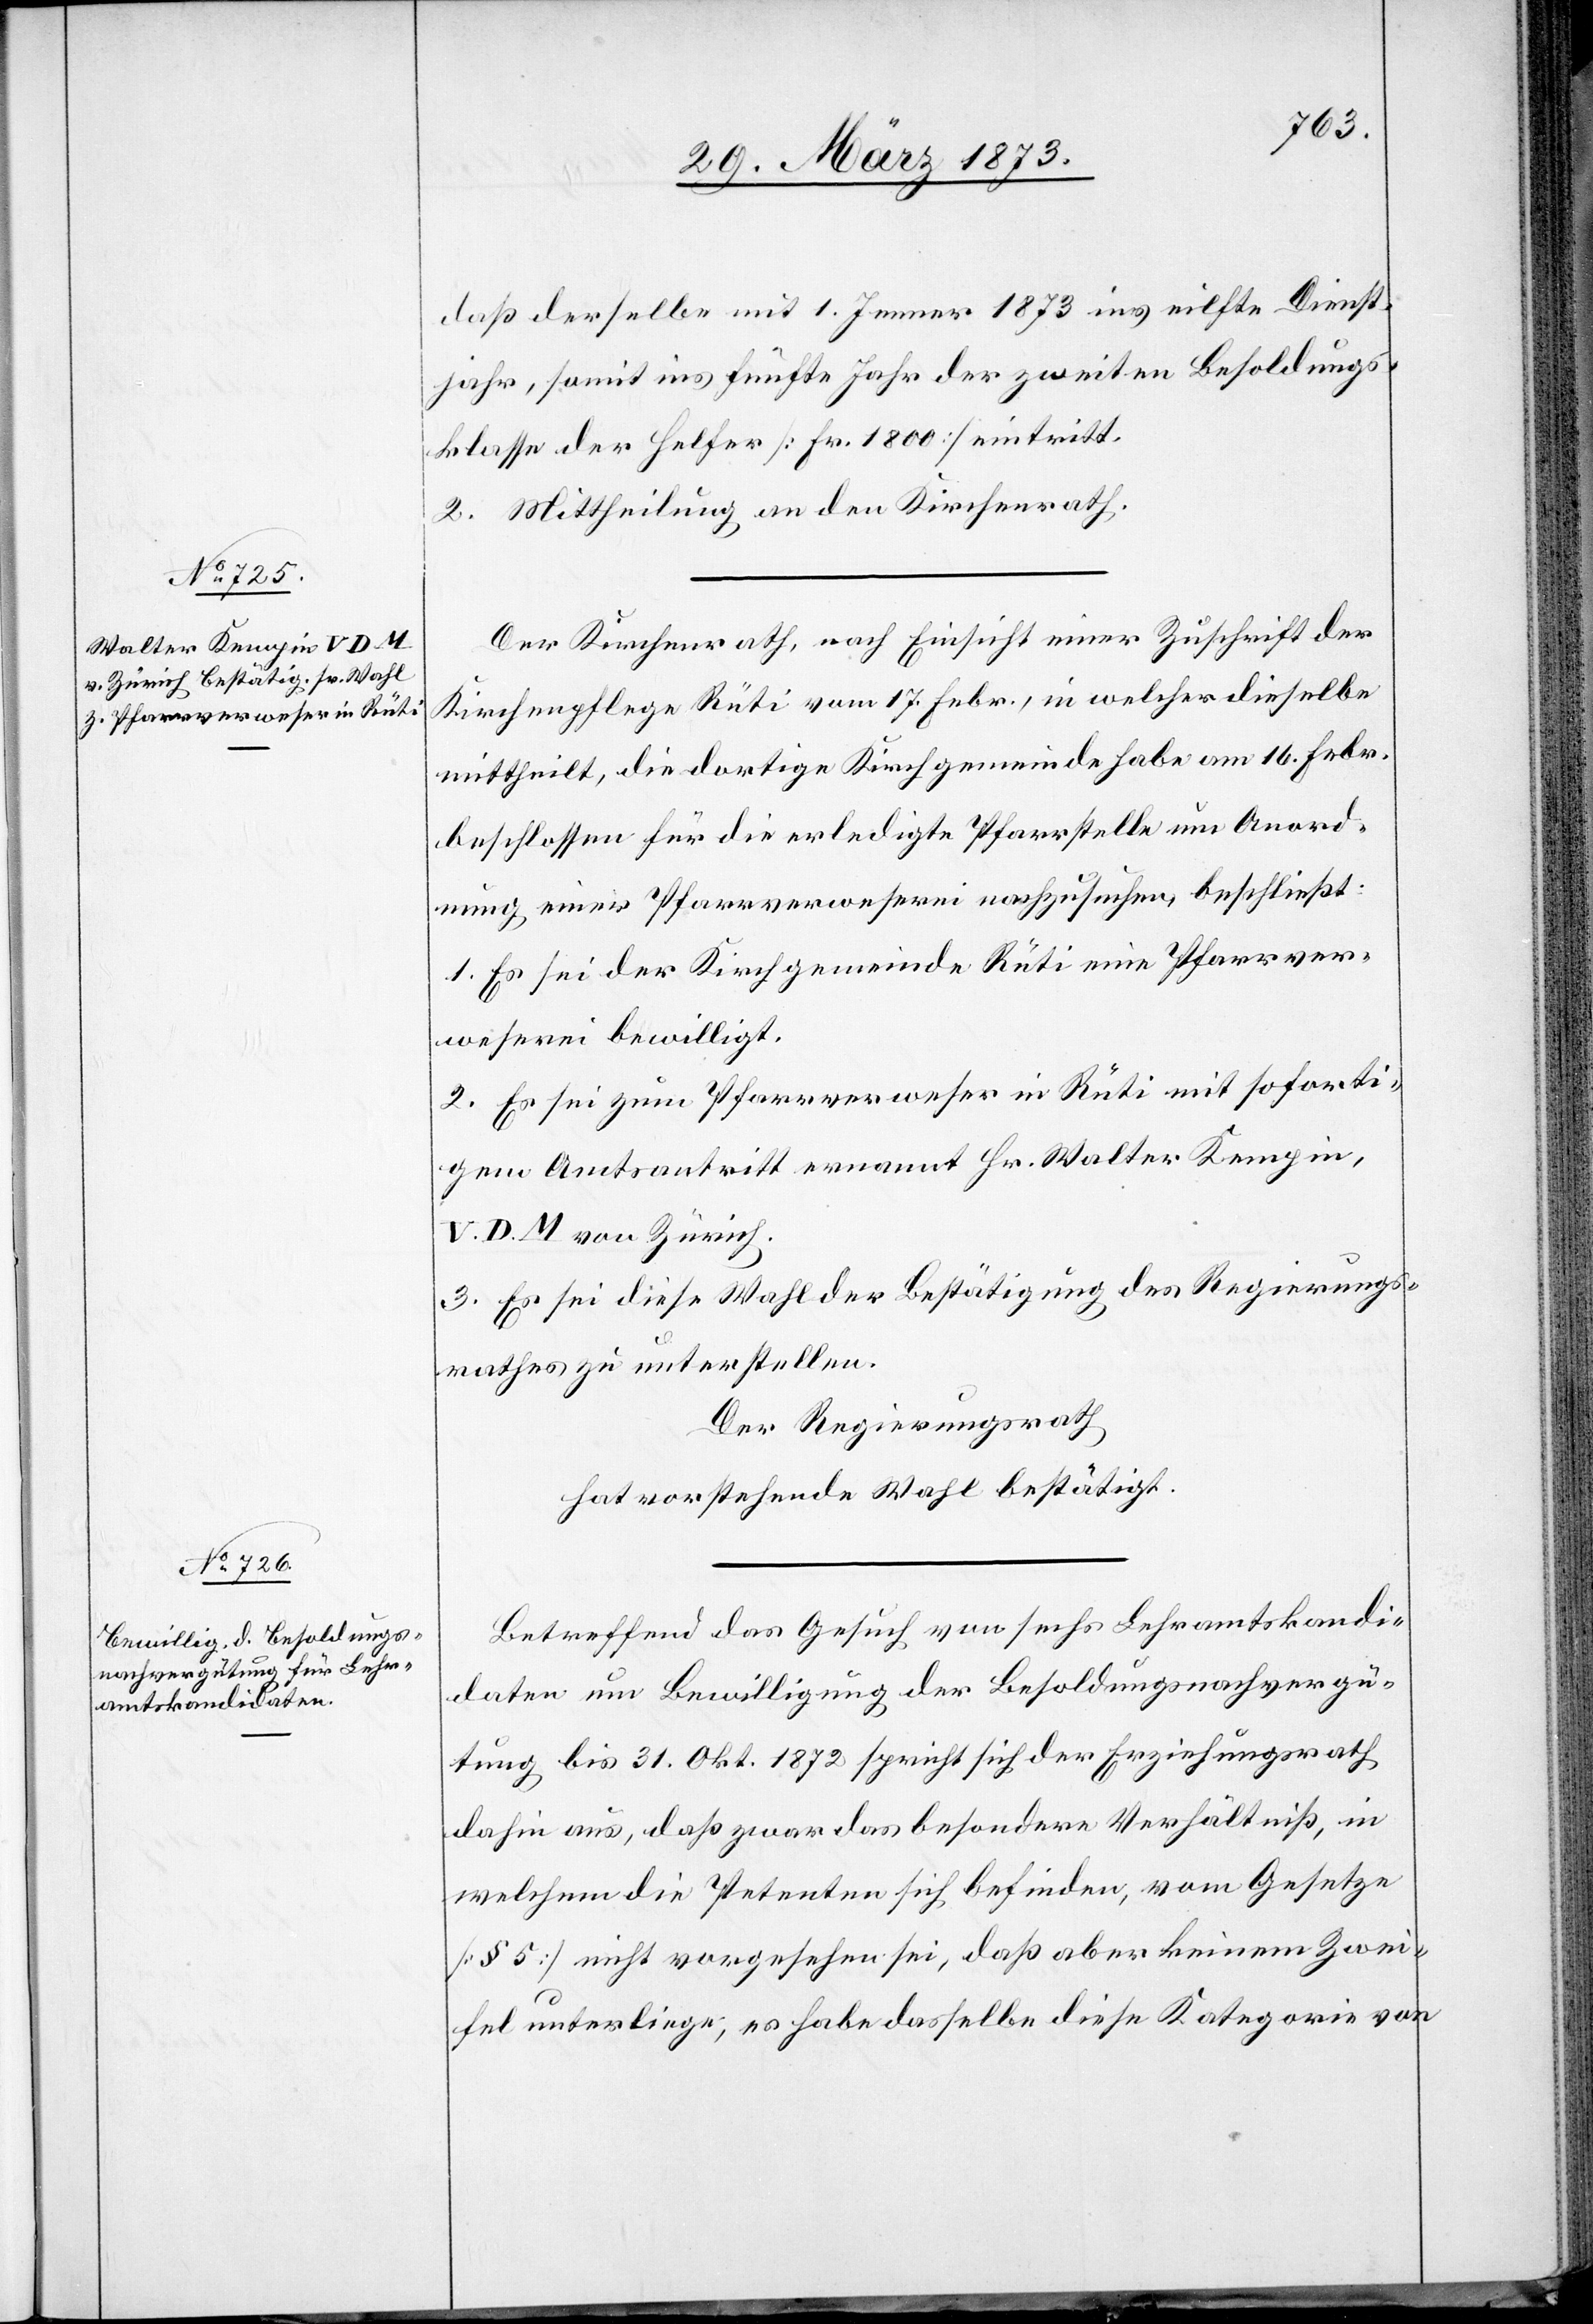
daß derselbe mit 1. Jenner 1873 ins eilfte Dienst¬
jahr, somit ins fünfte Jahr der zweiten Besoldungs¬
klasse der Helfer [Fr. 1800] eintritt.
2. Mittheilung an den Kirchenrath.
Der Kirchenrath, nach Einsicht einer Zuschrift der
Kirchenpflege Rüti vom 17. Febr., in welcher dieselbe
mittheilt, die dortige Kirchgemeinde habe am 16. Febr.
beschlossen für die erledigte Pfarrstelle um Anord¬
nung einer Pfarrverweserei nachzusuchen, beschließt:
1. Es sei der Kirchgemeinde Rüti eine Pfarrver¬
weserei bewilligt.
2. Es sei zum Pfarrverweser in Rüti mit soforti¬
gem Amtsantritt ernannt Hr. Walter Kempin,
V. D. M. von Zürich.
3. Es sei diese Wahl der Bestätigung des Regierungs¬
rathes zu unterstellen.
Der Regierungsrath
hat vorstehende Wahl bestätigt.
Betreffend das Gesuch von sechs Lehramtskandi¬
daten um Bewilligung der Besoldungsnachvergü¬
tung bis 31. Oktober 1872 spricht sich der Erziehungsrath
dahin aus, daß zwar das besondere Verhältniß, in
welchem die Petenten sich befinden, vom Gesetze
[§ 5] nicht vorgesehen sei, daß aber keinem Zwei¬
fel unterliege; es habe dasselbe diese Kategorie von